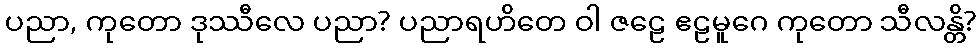
ပညာ, ကုတော ဒုဿီလေ ပညာ? ပညာရဟိတေ ဝါ ဇဠေ ဧဠမူဂေ ကုတော သီလန္တိ?